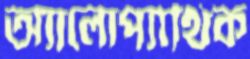
অ্যালোপ্যাথিক